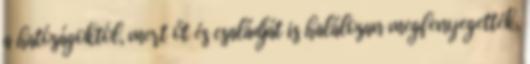
a hatóságoktól, mert őt és családját is halálosan megfenyegették,